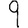
Digit: 9